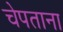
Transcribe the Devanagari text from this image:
चेपताना